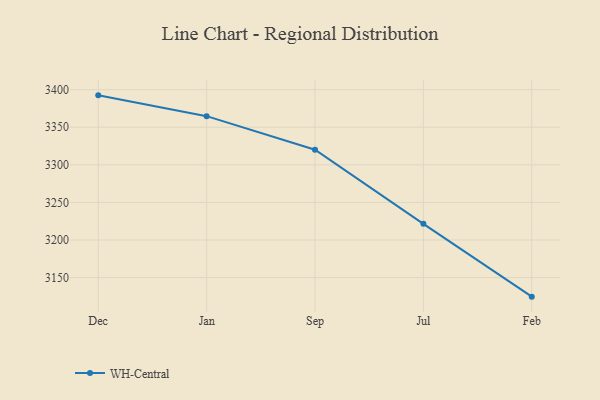
{"axis": {"x": "Month", "y": "Net Income (USD K)"}, "legend": ["WH-Central"], "data": [{"x": "Dec", "y": 3392.5, "type": "WH-Central"}, {"x": "Jan", "y": 3364.8, "type": "WH-Central"}, {"x": "Sep", "y": 3320.2, "type": "WH-Central"}, {"x": "Jul", "y": 3221.5, "type": "WH-Central"}, {"x": "Feb", "y": 3124.6, "type": "WH-Central"}]}